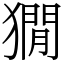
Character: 𤡥